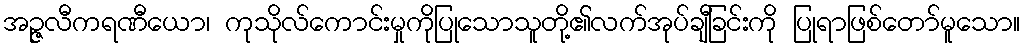
အဉ္ဇလီကရဏီယော၊ ကုသိုလ်ကောင်းမှုကိုပြုသောသူတို့၏လက်အုပ်ချီခြင်းကို ပြုရာဖြစ်တော်မူသော။